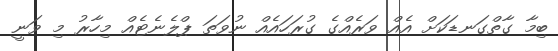
ބިމާ ގާތްގަނޑަކަށް އެއް ވަރެއްގެ ގުރަހައެއް ނުވަތަ ޕްލެނެޓެއް މިހާރު މި ވަނީ